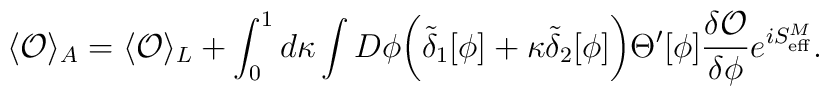
\langle {\cal O}\rangle_A=\langle{\cal O}\rangle_L+\int_0^1 d\kappa\int D\phi  \biggl(\tilde\delta_1[\phi]+\kappa\tilde\delta_2[\phi]\biggr)\Theta^\prime[\phi]{\delta{\cal O}\over{\delta\phi}} e^{iS^M_{\rm eff}}.